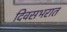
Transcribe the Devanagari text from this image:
दिवसभरात